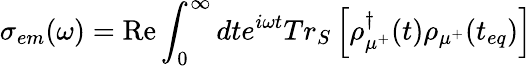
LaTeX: {{\sigma}_{em}}(\omega)={\textrm{Re}}\int_{0}^{\infty}{dt{{e}^{i\omega t}}T{{r}_{S}}}\left[\rho_{{{\mu}^{+}}}^{\dagger}(t){{\rho}_{{{\mu}^{+}}}}({{t}_{eq}})\right]